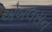
એબલસન